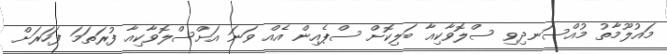
މައުލޫމާތު މުއްސަނދިވި ސްލޮވާކިއާ ބަލިކޮށް ސްޕެއިން އެއް ވަނަ އަށްސްލޮވާކިއާ ފުރަތަމަ ފަހަރަށް